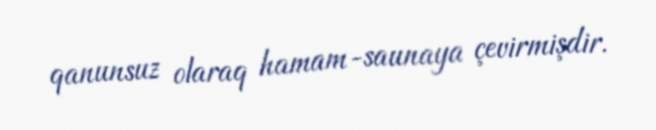
qanunsuz olaraq hamam-saunaya çevirmişdir.